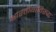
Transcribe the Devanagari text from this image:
भारतीयांविरुद्ध